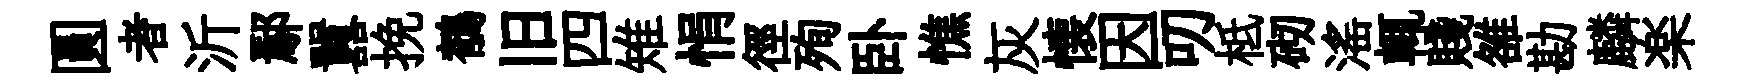
圓者沂鄢囂挽鶺旧四雉悁徑殉卧憔灰懐因叨柢砌滛輒賤雒勘麟楽